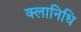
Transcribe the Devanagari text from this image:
क्लानिधि